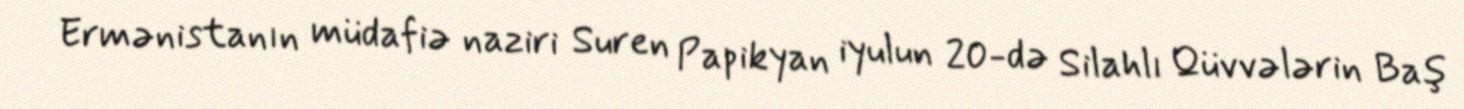
Ermənistanın müdafiə naziri Suren Papikyan iyulun 20-də Silahlı Qüvvələrin Baş